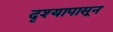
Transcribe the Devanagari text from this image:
दृश्यापासून